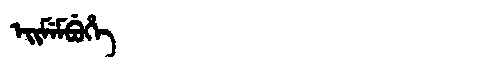
Manchu: ᡝᡳᠮᡝᠮᠪᡠᡥᡝ
Romanization: EIMEMBUHE